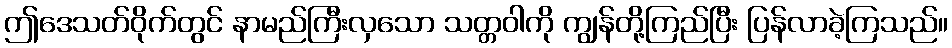
ဤဒေသတ်ဝိုက်တွင် နာမည်ကြီးလှသော သတ္တဝါကို ကျွန်တို့ကြည်ပြီး ပြန်လာခဲ့ကြသည်။